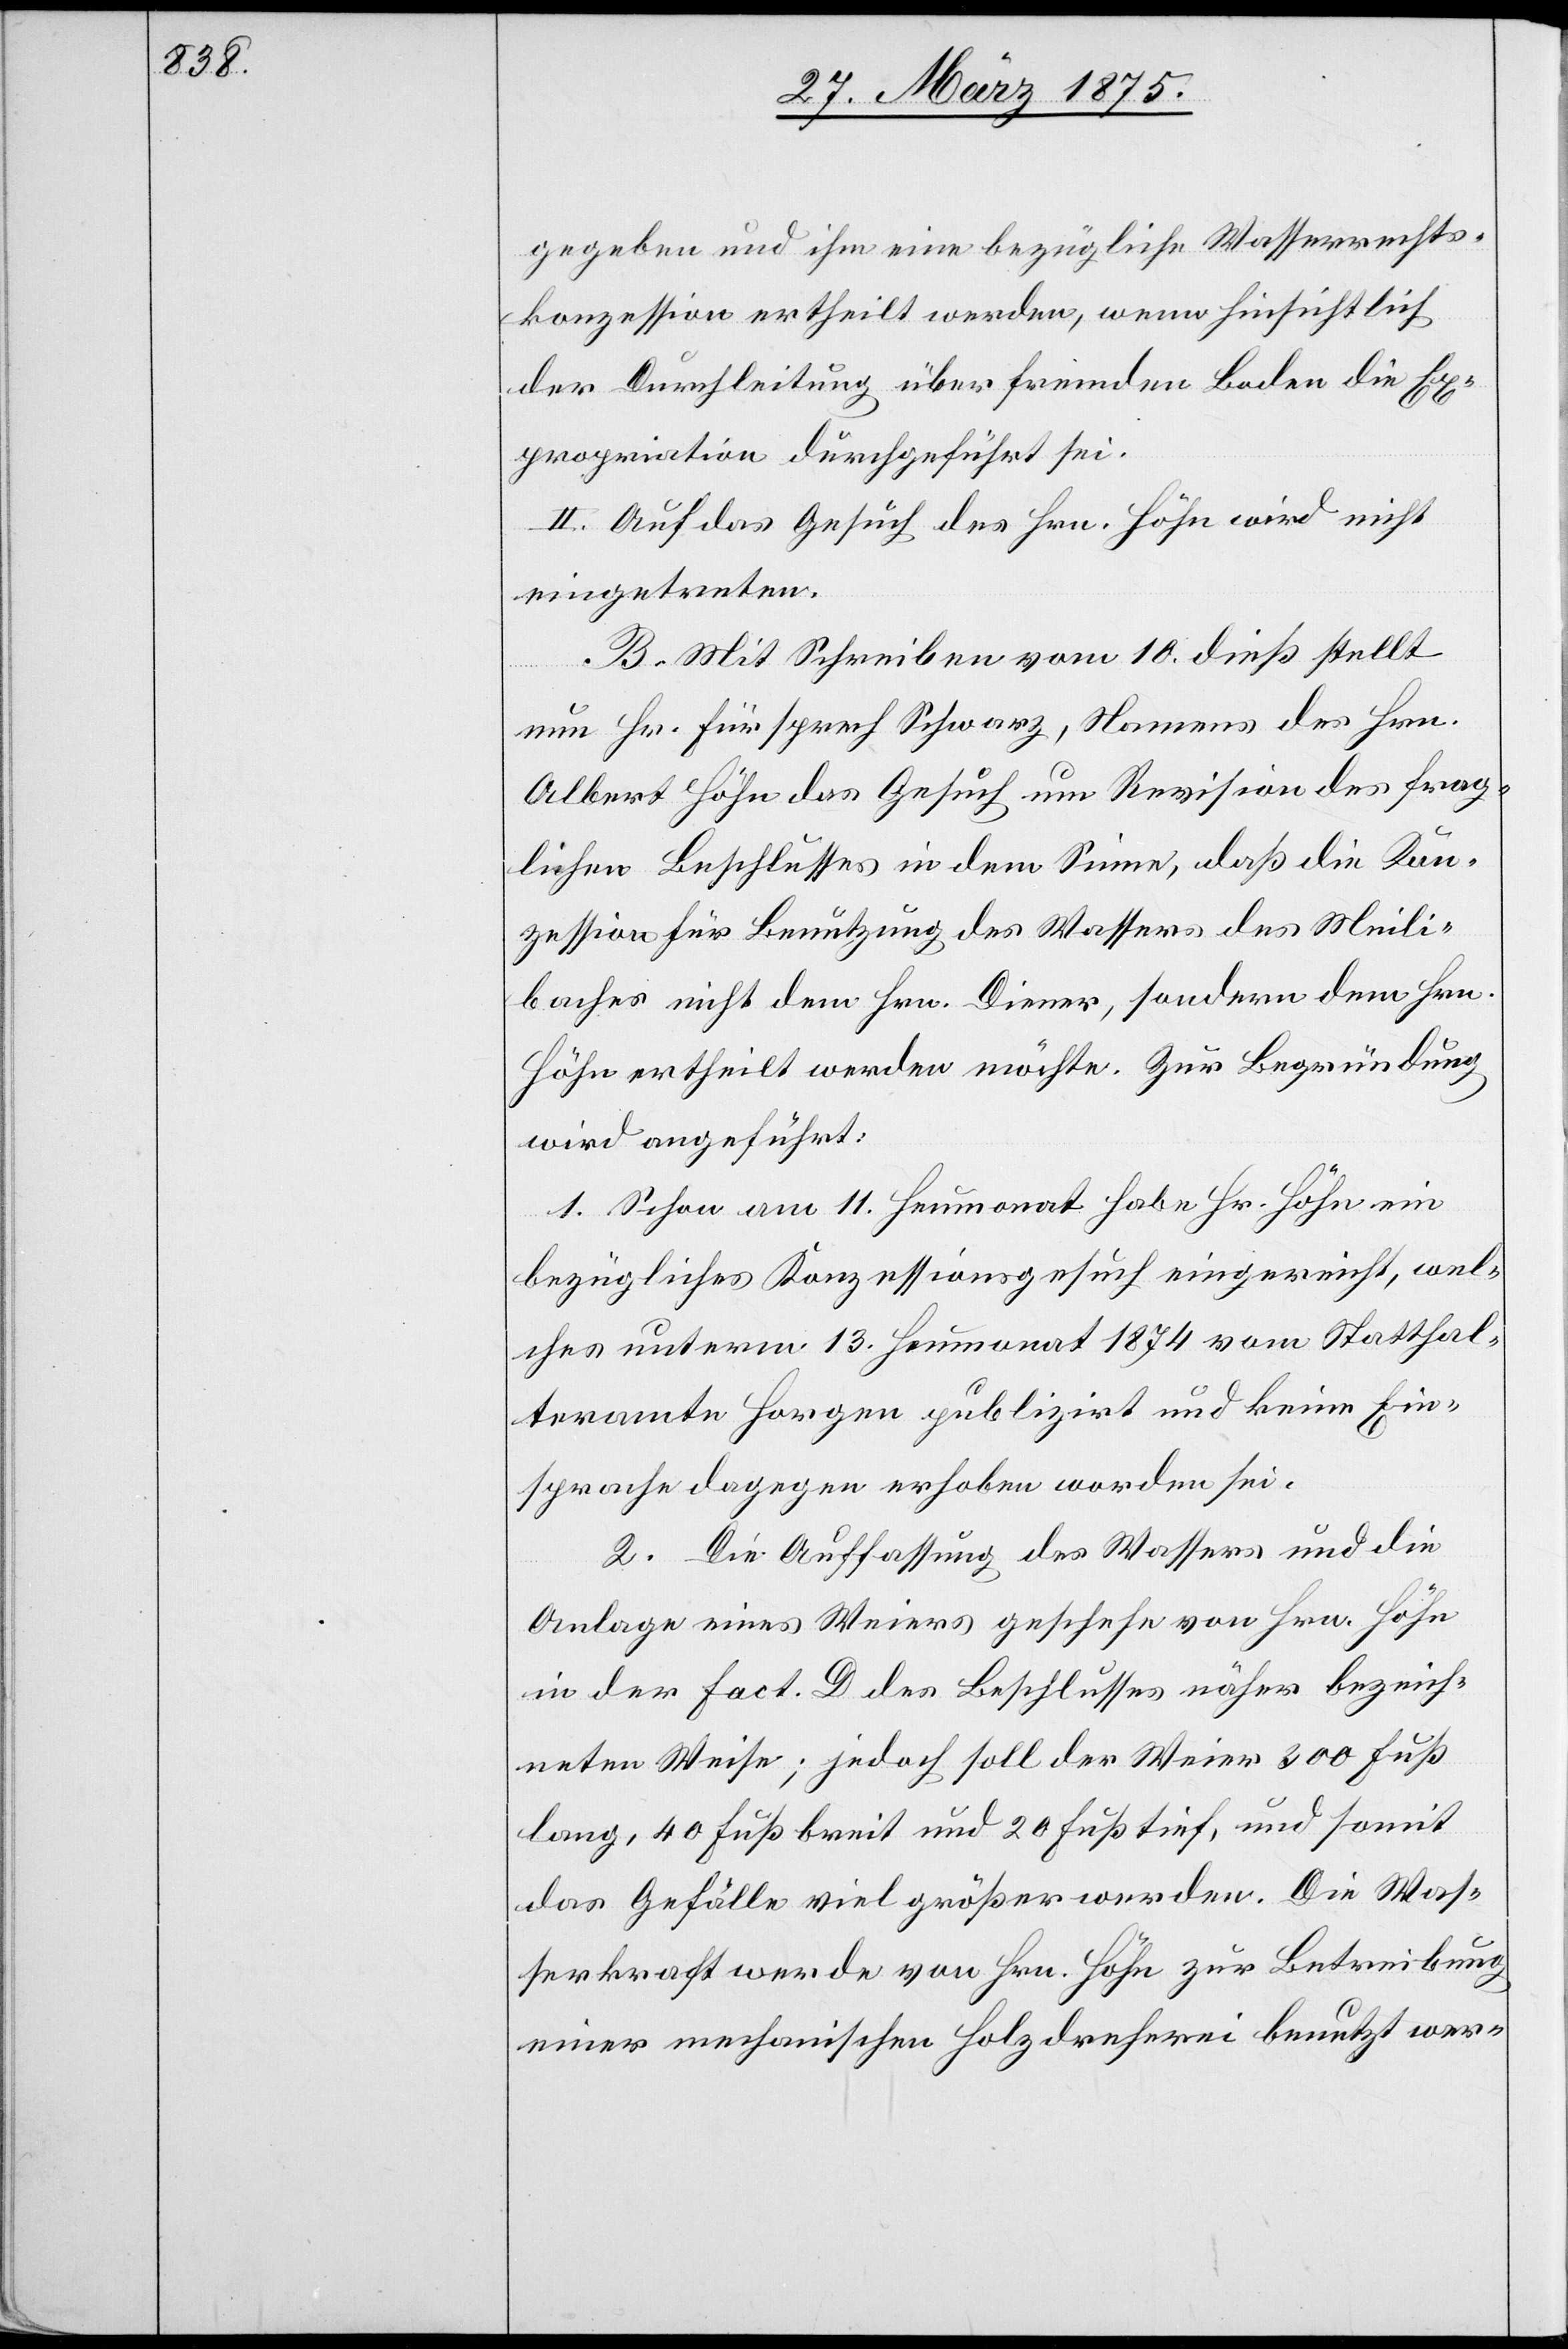
gegeben und ihm eine bezügliche Wasserrechts¬
konzession ertheilt werden, wenn hinsichtlich
der Durchleitung über fremden Boden die Ex¬
propriation durchgeführt sei.
II. Auf das Gesuch des Hrn. Höhn wird nicht
eingetreten.
B. Mit Schreiben vom 10. dieß stellt
nun Hr. Fürsprech Schwarz, Namens des Hrn.
Albert Höhn das Gesuch um Revision des frag¬
lichen Beschlusses in dem Sinne, daß die Kon¬
zession für Benutzung des Wassers des Meili¬
baches nicht dem Hrn. Diener, sondern dem Hrn.
Höhn ertheilt werden möchte. Zur Begründung
wird angeführt:
1. Schon am 11. Heumonat habe Hr. Höhn ein
bezügliches Konzessionsgesuch eingereicht, wel¬
ches unterm 13. Heumonat 1874 vom Statthal¬
teramte Horgen publizirt und keine Ein¬
sprache dagegen erhoben worden sei.
2. Die Auffassung des Wassers und die
Anlage eines Weiers geschehe von Hrn. Höhn
in der Fact. D des Beschlusses näher bezeich¬
neten Weise; jedoch soll der Weier 200 Fuß
lang, 40 Fuß breit und 20 Fuß tief, und somit
das Gefälle viel größer werden. Die Was¬
serkraft werde von Hrn. Höhn zur Betreibung
einer mechanischen Holzdreherei benutzt wer-